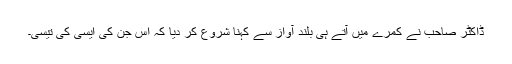
ڈاکٹر صاحب نے کمرے میں آتے ہی بلند آواز سے کہنا شروع کر دیا کہ اس جن کی ایسی کی تیسی۔